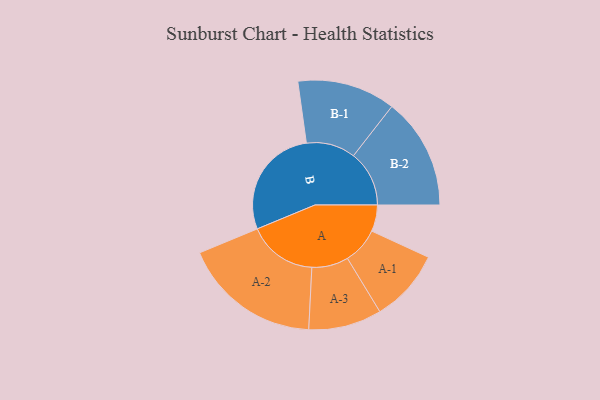
{"axis": {"x": "Segment", "y": "Value"}, "legend": ["", "A", "B"], "data": [{"x": "A", "y": 112, "type": ""}, {"x": "B", "y": 474, "type": ""}, {"x": "A-1", "y": 154, "type": "A"}, {"x": "A-2", "y": 293, "type": "A"}, {"x": "A-3", "y": 155, "type": "A"}, {"x": "B-1", "y": 208, "type": "B"}, {"x": "B-2", "y": 236, "type": "B"}]}